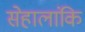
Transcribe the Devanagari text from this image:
सेहालांकि